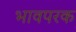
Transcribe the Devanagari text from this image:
भावपरक